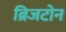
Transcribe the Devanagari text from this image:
ब्रिजटोन